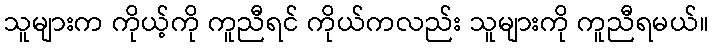
သူများက ကိုယ့်ကို ကူညီရင် ကိုယ်ကလည်း သူများကို ကူညီရမယ်။